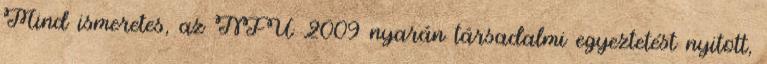
Mind ismeretes, az NFÜ 2009 nyarán társadalmi egyeztetést nyitott,